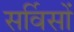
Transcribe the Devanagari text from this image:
सर्विसों